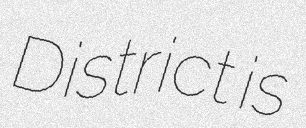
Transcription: District is